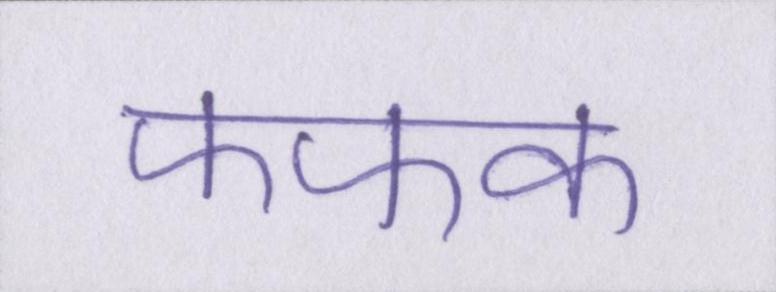
फफक